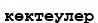
көктеулер